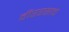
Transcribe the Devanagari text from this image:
वीररसाचे